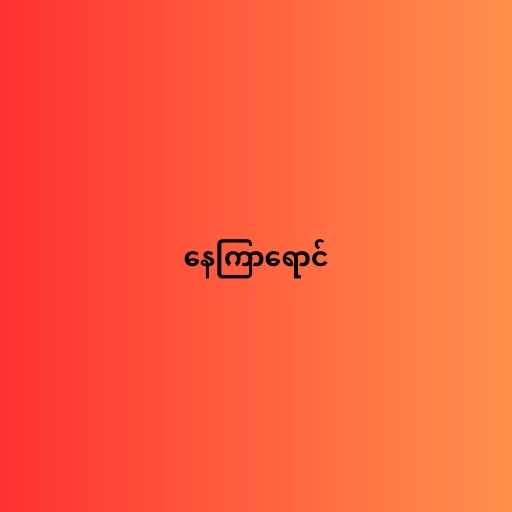
နေကြာရောင်